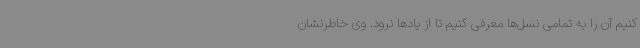
کنیم آن را به تمامی نسل‌ها معرفی کنیم تا از یادها نرود. وی خاطرنشان